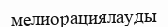
мелиорациялауды